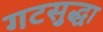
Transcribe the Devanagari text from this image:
गटसुद्धा